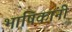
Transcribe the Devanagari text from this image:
भाषिकांनी